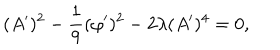
( A ^ { \prime } ) ^ { 2 } - \frac { 1 } { 9 } ( \varphi ^ { \prime } ) ^ { 2 } - 2 \lambda ( A ^ { \prime } ) ^ { 4 } = 0 ,